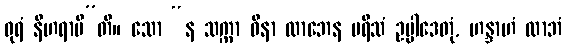
ဓုရံ နီဟရာမီ”တိ။ သော “န သက္ကာ ဝိနာ လာဘေန ပရိသံ ဥပ္ပါဒေတုံ, ဟန္ဒာဟံ လာဘံ